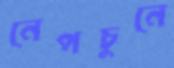
নেপচুনে